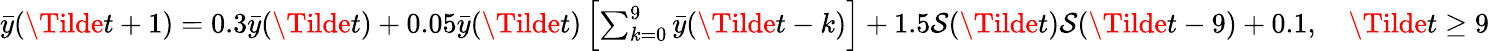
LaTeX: \begin{array}{r}{\bar{y}(\Tilde{t}+1)=0.3\bar{y}(\Tilde{t})+0.05\bar{y}(\Tilde{t})\left[\sum_{k=0}^{9}\bar{y}(\Tilde{t}-k)\right]+1.5\mathcal{S}(\Tilde{t})\mathcal{S}(\Tilde{t}-9)+0.1,\quad\Tilde{t}\geq 9}\end{array}